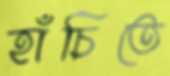
হাঁচিতে